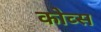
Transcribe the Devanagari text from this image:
कोव्स